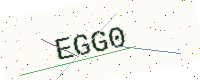
Text: EGG0